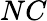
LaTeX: NC